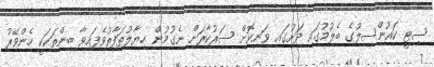
ސިޓީ ކައުންސިލުގެ ބެލުމުގައި ދަށުގައި ވަނިކޮށް ސަރުކާރަށް ނެގުމުން ހިޔާލުތަފާތުވެފައިވާ ބިންތަކަކީ ހެންވޭރު